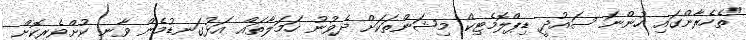
"ތެހެރާންގައި ހުންނަ ސައުދީ ޑިޕްލޮމެޓިކް މިޝަންތަކަށް ދެވުނު ހަމަލާތައް އަޅުގަނޑުމެން ވާނީ ކުށްވެރިކޮށް